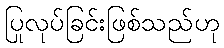
ပြုလုပ်ခြင်းဖြစ်သည်ဟု